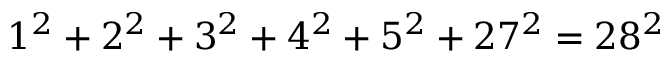
1 ^ { 2 } + 2 ^ { 2 } + 3 ^ { 2 } + 4 ^ { 2 } + 5 ^ { 2 } + 2 7 ^ { 2 } = 2 8 ^ { 2 }